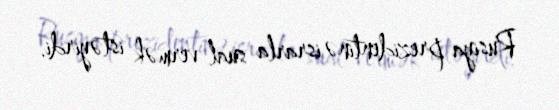
Rusiya prezidentinə israrla sual vermək istəyirdi.